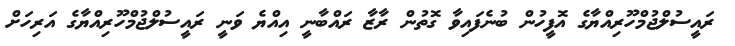
ރައީސުލްޖުމްހޫރިއްޔާގެ އޮފީހުން ބުނެފައިވާ ގޮތުން ރާޒާ ރައްބާނީ އިއްޔެ ވަނީ ރައީސުލްޖުމްހޫރިއްޔާގެ އަރިހަށް